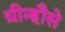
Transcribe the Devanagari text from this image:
ग्रीन्हौसे